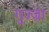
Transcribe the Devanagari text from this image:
गुज्ज्रा